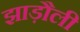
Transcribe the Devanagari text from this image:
झाड़ौली